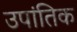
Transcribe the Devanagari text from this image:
उपांतिक